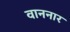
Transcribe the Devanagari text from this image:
वाननार